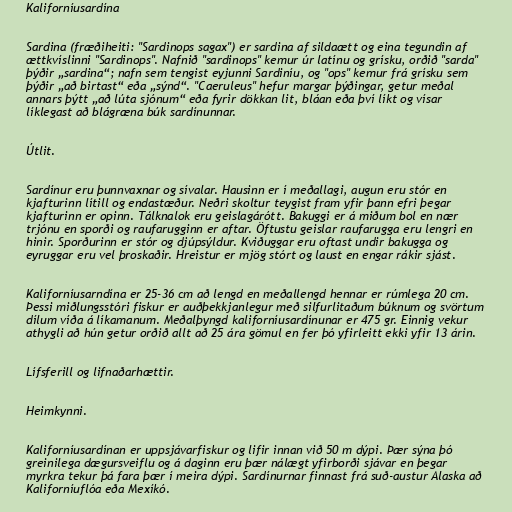
Kaliforníusardína

Sardina (fræðiheiti: "Sardinops sagax") er sardina af sildaætt og eina tegundin af
ættkvíslinni "Sardinops". Nafnið "sardinops" kemur úr latínu og grísku, orðið "sarda"
þýðir „sardina“; nafn sem tengist eyjunni Sardiníu, og "ops" kemur frá grísku sem
þýðir „að birtast“ eða „sýnd“. "Caeruleus" hefur margar þýðingar, getur meðal
annars þýtt „að lúta sjónum“ eða fyrir dökkan lit, bláan eða því líkt og vísar
líklegast að blágræna búk sardínunnar.

Útlit.

Sardínur eru þunnvaxnar og sívalar. Hausinn er í meðallagi, augun eru stór en
kjafturinn lítill og endastæður. Neðri skoltur teygist fram yfir þann efri þegar
kjafturinn er opinn. Tálknalok eru geislagárótt. Bakuggi er á miðum bol en nær
trjónu en sporði og raufarugginn er aftar. Öftustu geislar raufarugga eru lengri en
hinir. Sporðurinn er stór og djúpsýldur. Kviðuggar eru oftast undir bakugga og
eyruggar eru vel þroskaðir. Hreistur er mjög stórt og laust en engar rákir sjást.

Kaliforníusarndína er 25-36 cm að lengd en meðallengd hennar er rúmlega 20 cm.
Þessi miðlungsstóri fiskur er auðþekkjanlegur með silfurlitaðum búknum og svörtum
dílum víða á líkamanum. Meðalþyngd kaliforníusardínunar er 475 gr. Einnig vekur
athygli að hún getur orðið allt að 25 ára gömul en fer þó yfirleitt ekki yfir 13 árin.

Lífsferill og lifnaðarhættir.

Heimkynni.

Kaliforníusardínan er uppsjávarfiskur og lifir innan við 50 m dýpi. Þær sýna þó
greinilega dægursveiflu og á daginn eru þær nálægt yfirborði sjávar en þegar
myrkra tekur þá fara þær í meira dýpi. Sardínurnar finnast frá suð-austur Alaska að
Kaliforníuflóa eða Mexíkó.